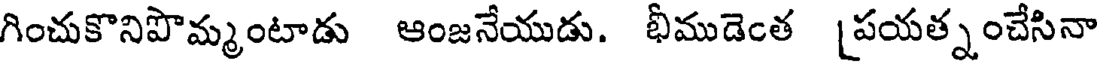
గించుకొనిపొమ్మంటాడు ఆంజనేయుడు. భీముడెంత [పయత్నంచేసినా